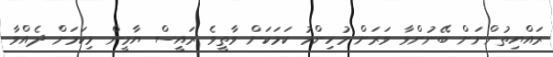
ރައްޔިތުންނަށް ބޭނުންވާ ވަރަށް މުހިންމު ކަމަކަށް ވާތީވެ ރައީސް ޔާމީން މިކަމަށް ދެއްވާ